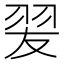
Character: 𦐓